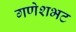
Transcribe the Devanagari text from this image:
गणेशभट